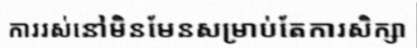
ការរស់នៅមិនមែនសម្រាប់តែការសិក្សា